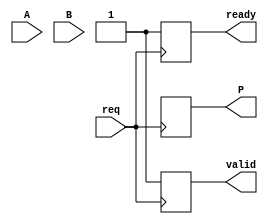
module async_wallace_tree_multiplier #(
    parameter WIDTH_A = 4, // Number of bits in A
    parameter WIDTH_B = 4  // Number of bits in B
)(
    input wire [WIDTH_A-1:0] A,
    input wire [WIDTH_B-1:0] B,
    input wire req,          // Request signal
    output reg [WIDTH_A+WIDTH_B-1:0] P, // Product output
    output reg valid,      // Valid output signal
    output reg ready       // Ready signal for handshake
);

    reg [WIDTH_A-1:0] partial_products[WIDTH_B-1:0];
    reg [WIDTH_A + WIDTH_B - 1:0] sum_stage[WIDTH_A + WIDTH_B:0];
    reg [WIDTH_A + WIDTH_B:0] final_sum;

    integer i, j;

    // Partial Product Generation
    always @(*) begin
        for (i = 0; i < WIDTH_B; i = i + 1) begin
            partial_products[i] = A & {WIDTH_A{B[i]}}; // AND each bit
        end
    end

    // Wallace Tree Reduction
    always @(posedge req) begin
        // Initialize ready and valid signals
        ready = 0;
        valid = 0;
        
        // Level reduction using Carry-Save Adders
        for (j = 0; j < WIDTH_A + WIDTH_B; j = j + 1) begin
            sum_stage[j] = {1'b0, partial_products[0][j], partial_products[1][j]};
            for (i = 2; i < WIDTH_B; i = i + 1) begin
                sum_stage[j] = sum_stage[j] + {1'b0, partial_products[i][j]};
            end
        end
        
        // Final addition
        final_sum = 0;
        for (j = 0; j <= WIDTH_A + WIDTH_B - 1; j = j + 1) begin
            if (j < WIDTH_A + WIDTH_B) begin
                final_sum = final_sum + sum_stage[j];
            end
        end

        // Assign product and handshaking
        P = final_sum;
        valid = 1;         // Signal that the output is valid
        ready = 1;         // Signal that the module is ready for next request
    end

endmodule